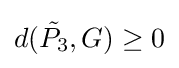
d({\tilde {P_{3}}},G)\geq 0